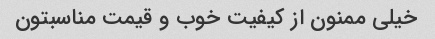
خیلی ممنون از کیفیت خوب و قیمت مناسبتون